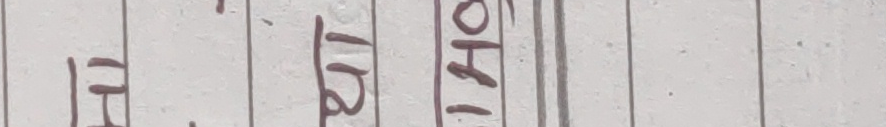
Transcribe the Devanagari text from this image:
विरहो